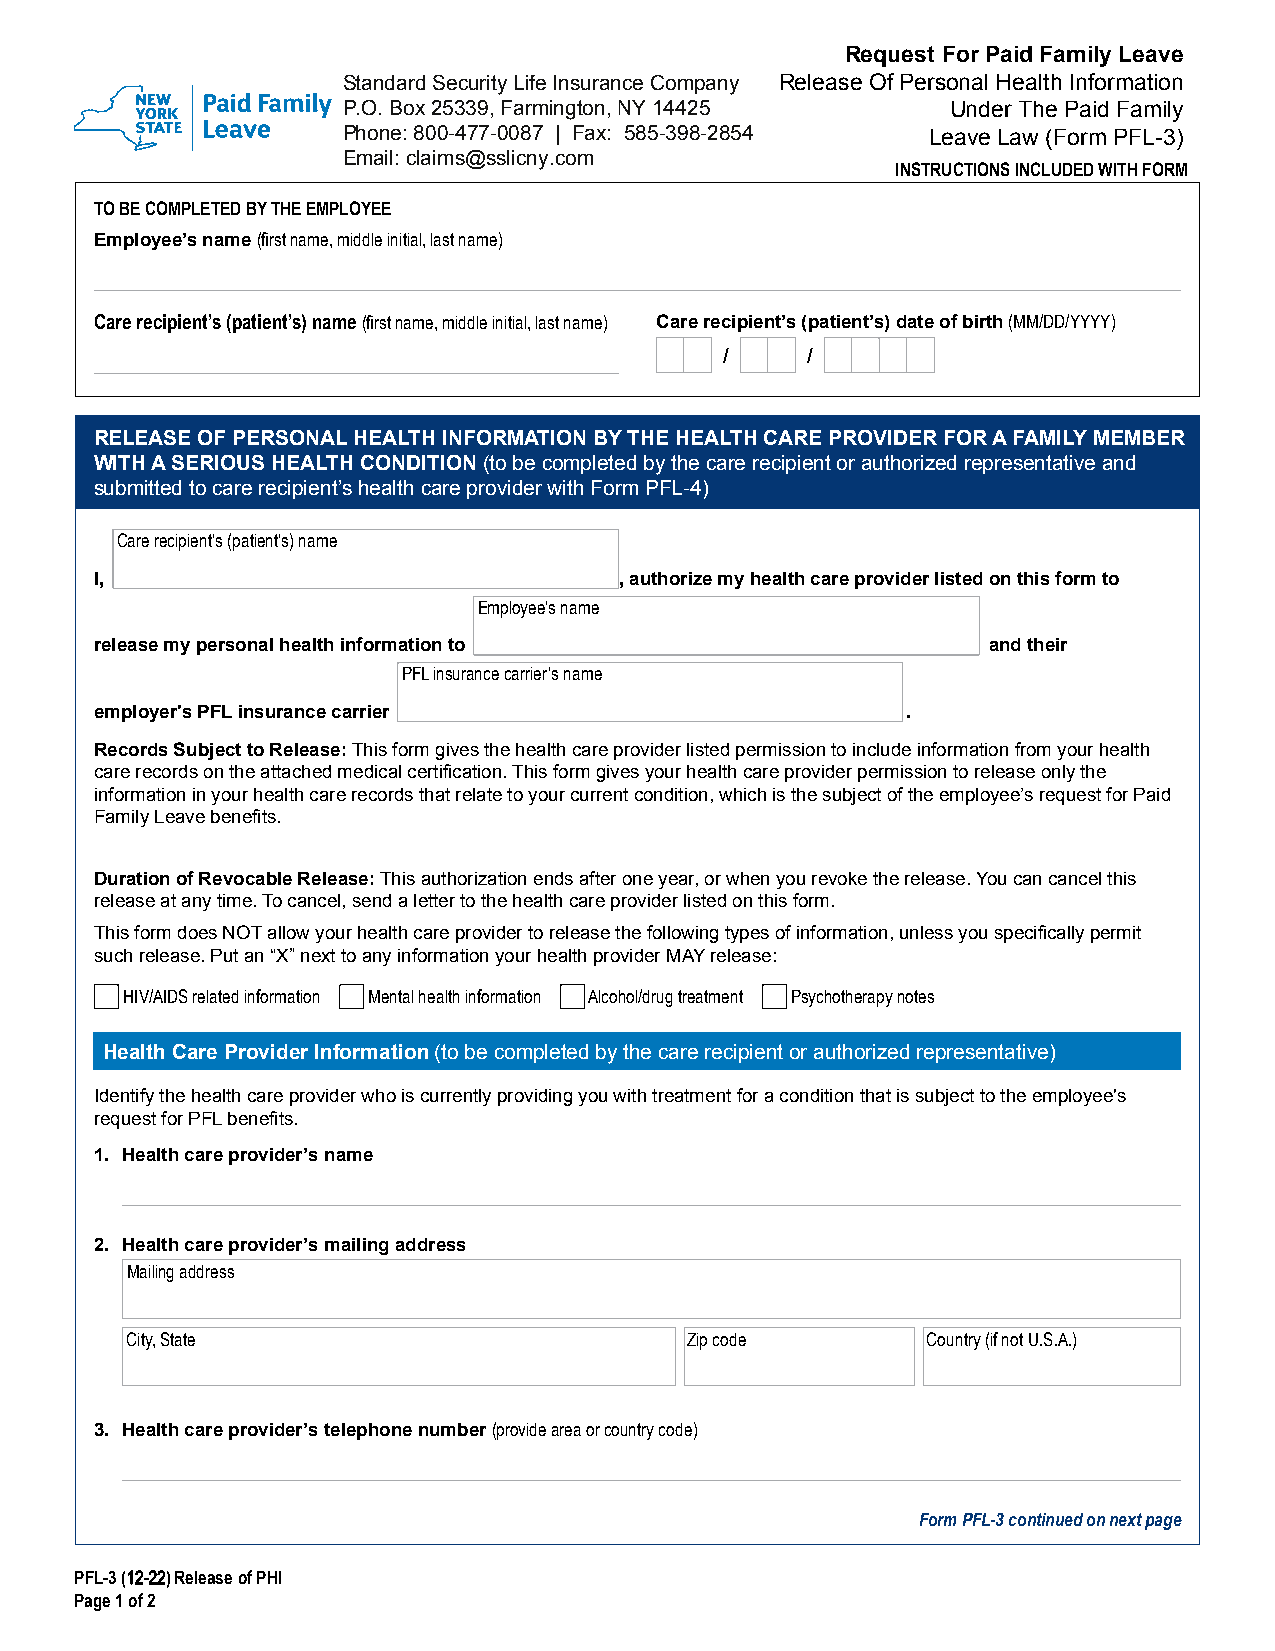
Request For Paid Family Leave
 Standard Security Life Insurance Company Release Of Personal Health Information
 P.O. Box 25339, Farmington, NY 14425    Under The Paid Family
 Phone: 800-477-0087 | Fax: 585-398-2854 Leave Law (Form PFL-3)
 Email: claims@sslicny.com
 INSTRUCTIONS INCLUDED WITH FORM
 TO BE COMPLETED BY THE EMPLOYEE
 Employee’s name (first name, middle initial, last name)
 Care recipient’s (patient’s) name (first name, middle initial, last name) Care recipient’s (patient’s) date of birth (MM/DD/YYYY)
 /    /
 RELEASE OF PERSONAL HEALTH INFORMATION BY THE HEALTH CARE PROVIDER FOR A FAMILY MEMBER
 WITH A SERIOUS HEALTH CONDITION (to be completed by the care recipient or authorized representative and
 submitted to care recipient’s health care provider with Form PFL-4)
 Care recipient’s (patient’s) name
 I,                                 , authorize my health care provider listed on this form to
 Employee’s name
 release my personal health information to                  and their
 PFL insurance carrier’s name
 employer's PFL insurance carrier                      .
 Records Subject to Release: This form gives the health care provider listed permission to include information from your health
 care records on the attached medical certification. This form gives your health care provider permission to release only the
 information in your health care records that relate to your current condition, which is the subject of the employee’s request for Paid
 Family Leave benefits.
 Duration of Revocable Release: This authorization ends after one year, or when you revoke the release. You can cancel this
 release at any time. To cancel, send a letter to the health care provider listed on this form.
 This form does NOT allow your health care provider to release the following types of information, unless you specifically permit
 such release. Put an “X” next to any information your health provider MAY release:
 HIV/AIDS related information Mental health information Alcohol/drug treatment Psychotherapy notes
 Health Care Provider Information (to be completed by the care recipient or authorized representative)
 Identify the health care provider who is currently providing you with treatment for a condition that is subject to the employee's
 request for PFL benefits.
 1. Health care provider’s name
 2. Health care provider’s mailing address
 Mailing address
 City, State                           Zip code       Country (if not U.S.A.)
 3. Health care provider’s telephone number (provide area or country code)
 Form PFL-3 continued on next page
 PFL-3 (12-22) Release of PHI
 Page 1 of 2